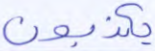
يكذبون